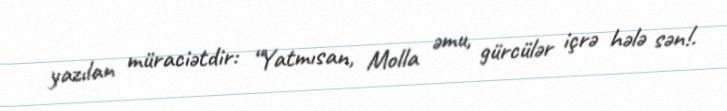
yazılan müraciətdir: “Yatmısan, Molla əmu, gürcülər içrə hələ sən!.